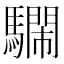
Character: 𩦴